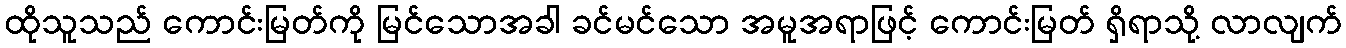
ထိုသူသည် ကောင်းမြတ်ကို မြင်သောအခါ ခင်မင်သော အမူအရာဖြင့် ကောင်းမြတ် ရှိရာသို့ လာလျက်